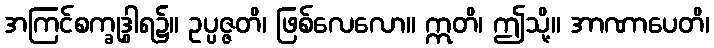
အကြင်စက္ခုဒွါရ၌။ ဥပ္ပဇ္ဇတိ၊ ဖြစ်လေလော။ ဣတိ၊ ဤသို့။ အာဏာပေတိ၊